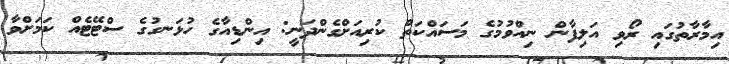
އިމާރާތުގައި ރޯވި އަލިފާން ނިއްވުމުގެ މަސައްކަތް ކުރިއަށްގެންދަނީ: އިންޑިއާގެ ހުޅަނގުގެ ސްޓޭޓެއް ކަމަށްވާ